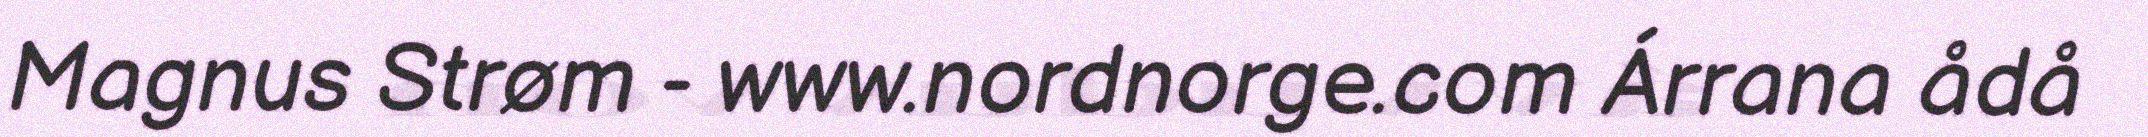
Magnus Strøm - www.nordnorge.com Árrana ådå